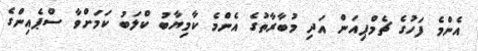
އެންމެ ފަހުގެ ޗެމްޕިއަން އަދި މުބާރާތުގެ އެންމެ ކާމިޔާބު ކްލަބު ކަމަށްވާ ސްޕެއިންގެ